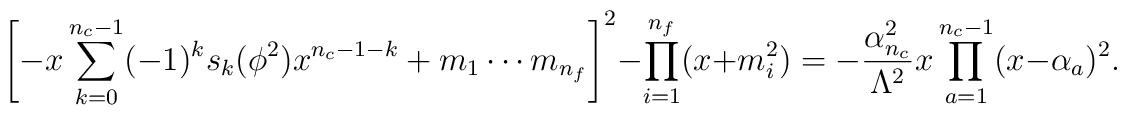
\left[ -x \sum_{k=0}^{n_{c}-1}                  (-1)^{k} s_{k}(\phi^{2}) x^{n_{c}-1-k}          + m_{1} \cdots m_{n_{f}} \right]^{2}          - \prod_{i=1}^{n_{f}}(x+m_{i}^{2})          = -\frac{\alpha_{n_{c}}^{2}}{\Lambda^{2}} x                  \prod_{a=1}^{n_{c}-1} (x-\alpha_{a})^{2}.